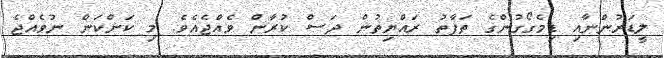
ލީޑަރުންނާއި ޑިމެގޯގުންގެ ތަފާތު ރައްޔިތުން ދަސް ކުރާން ވެއްޖެއެވެ. މި ކަންކަން ނުވެއްޖެ